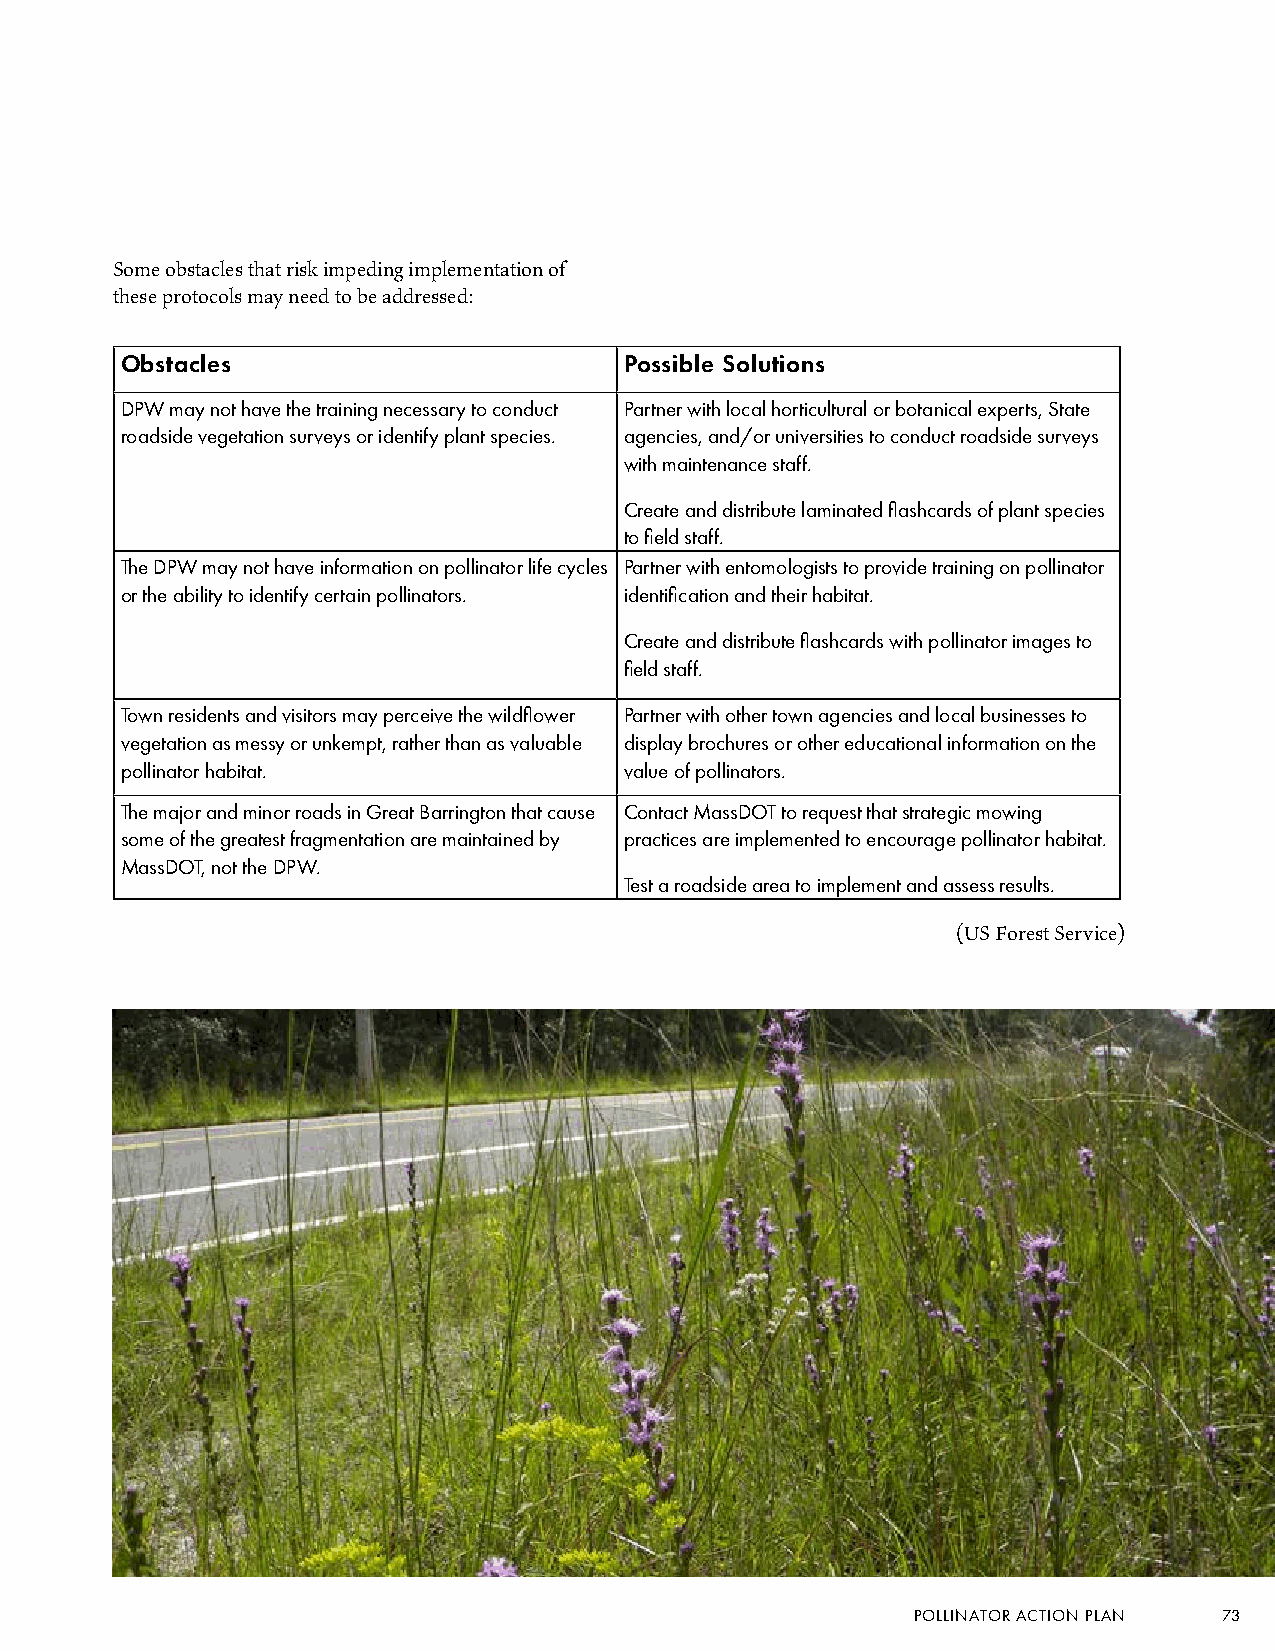
Some obstacles that risk impeding implementation of
 these protocols may need to be addressed:
 Obstacles                        Possible Solutions
 DPW may not have the training necessary to conduct Partner with local horticultural or botanical experts, State
 roadside vegetation surveys or identify plant species. agencies, and/or universities to conduct roadside surveys
 with maintenance staff.
 Create and distribute laminated flashcards of plant species
 to field staff.
 The DPW may not have information on pollinator life cycles Partner with entomologists to provide training on pollinator
 or the ability to identify certain pollinators. identification and their habitat.
 Create and distribute flashcards with pollinator images to
 field staff.
 Town residents and visitors may perceive the wildflower Partner with other town agencies and local businesses to
 vegetation as messy or unkempt, rather than as valuable display brochures or other educational information on the
 pollinator habitat.              value of pollinators.
 The major and minor roads in Great Barrington that cause Contact MassDOT to request that strategic mowing
 some of the greatest fragmentation are maintained by practices are implemented to encourage pollinator habitat.
 MassDOT, not the DPW.
 Test a roadside area to implement and assess results.
 (US Forest Service)
 POLLINATOR ACTION PLAN 73